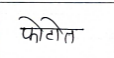
मजकूर: फोटोत